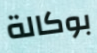
بوكالة